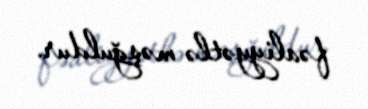
fəaliyyətlə məşğuldur.